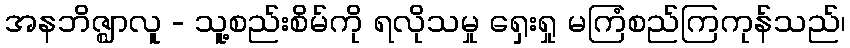
အနဘိဇ္ဈာလူ - သူ့စည်းစိမ်ကို ရလိုသမှု ရှေးရှု မကြံစည်ကြကုန်သည်၊